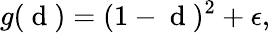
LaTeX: g(\mathrm{~d~})=(1-\mathrm{~d~})^{2}+\epsilon,